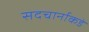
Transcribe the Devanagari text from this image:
सदचार्नाकडे